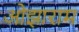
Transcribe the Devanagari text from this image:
ओझाराम